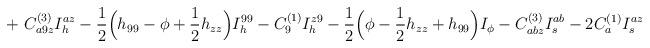
\begin{align*}+ \ C^{(3)}_{a9z}I_h^{az} -\frac{1}{2} \Bigl( h_{99} -\phi +\frac{1}{2}h_{zz} \Bigr) I_h^{99} - C^{(1)}_9 I_h^{z9}- \frac{1}{2} \Bigl( \phi - \frac{1}{2} h_{zz} + h_{99}\Bigr) I_\phi -C^{(3)}_{abz} I_s^{ab} - 2 C^{(1)}_a I_s^{az}\end{align*}